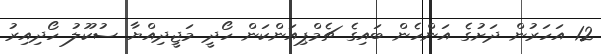
12 އަހަރުން ދަށުގެ އަންހެން ބައިގެ ޗެމްޕިއަންކަން ހޯދީ މަޖީދިއްޔާ ސުކޫލު ހޯދިއިރު